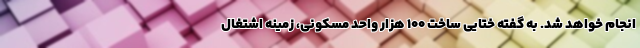
انجام خواهد شد. به گفته ختایی ساخت ۱۰۰ هزار واحد مسکونی، زمینه اشتغال